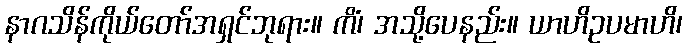
နာဂသိန်ကိုယ်တော်အရှင်ဘုရား။ ကိံ၊ အသို့ပေနည်း။ ယာဟိဥပမာဟိ၊